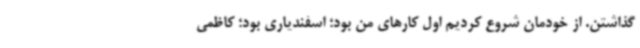
گذاشتن. از خودمان شروع کردیم اول کارهای من بود؛ اسفندیاری بود؛ کاظمی